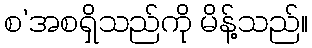
စ’အစရှိသည်ကို မိန့်သည်။